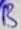
Text: B